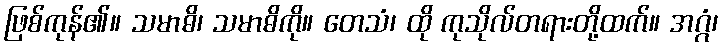
ဖြစ်ကုန်၏။ သမာဓိ၊ သမာဓိကို။ တေသံ၊ ထို ကုသိုလ်တရားတို့ထက်။ အဂ္ဂံ၊